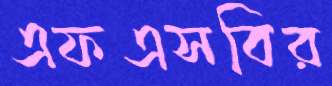
এফএসবির